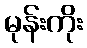
မုန်းကိုး